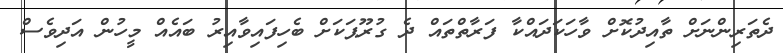
ދެތަރިންނަށް ތާއިދުކޮށް ވާހަކަދައްކާ ފަރާތްތައް ދެ ގުރޫޕަކަށް ބެހިފައިވާއިރު ބައެއް މީހުން އަދިވެސް